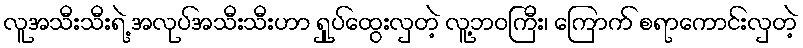
လူအသီးသီးရဲ့ အလုပ်အသီးသီးဟာ ရှုပ်ထွေးလှတဲ့ လူ့ဘဝကြီး၊ ကြောက် စရာကောင်းလှတဲ့